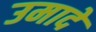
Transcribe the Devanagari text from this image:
उमादे